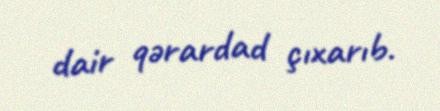
dair qərardad çıxarıb.